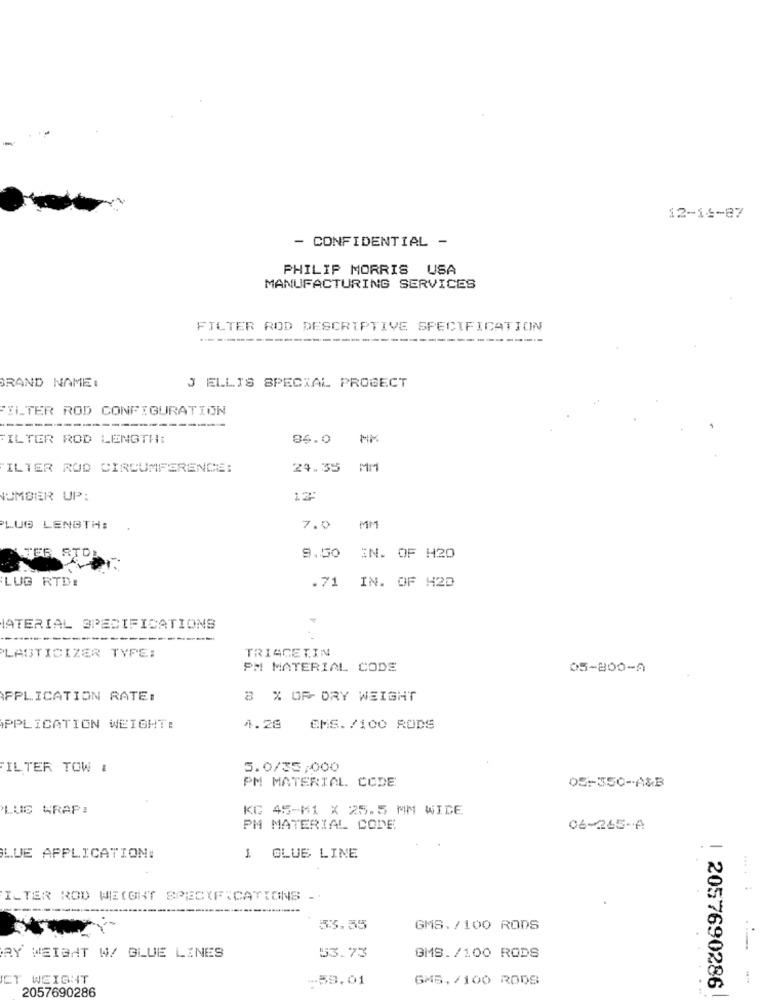
12-14-87
- CONFIDENTIAL -
PHILIP MORRIS USA
MANUFACTURING SERVICES
FILTER ROD DESCRIPTIVE SPECIFICATION
BRAND NAME:
3 ELLIS SPECIAL PROGECT
FILTER ROD CONFIGURATION
FILTER ROD LENGTH:
86.0
MK
ILTER ROD CIRCUMFERENCE:
24.35 MM
NUMBER UP:
12
LUG LENGTH:
7.0
MM
TER RTD:
9.50
IN. OF H20
LUG RTD:
.71
IN. OF H2D
IATERIAL SPECIFICATIONS
TRIAGETIN
LASTICIZER TYPE:
PM MATERIAL CODE
05-800-A
APPLICATION RATE:
8 % OF- DRY WEIGHT
APPLICATION WEIGHT:
4.28
CMS. /100 RODS
FILTER TOW &
5.0/35,000
PM MATERIAL. CODE
05-350 -- A&B
PLUS WRAP:
KG 45-M1 X 25.5 MM WIDE
PM MATERIAL CODE
06-265-4
LUE APPLICATION:
1 GLUE LINE
ILTER ROD WIECGHY SPECIFICATIONS -
53.35
GMS. /100 RODS
RY WEIGHT W/ BLUE LINES
53.73
GMS. /100 RODS
ET WEIGHT
-59.01
GMB,/100 RODS
2057690286
1 2057690286